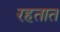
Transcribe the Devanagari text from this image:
रहतात